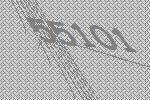
55101